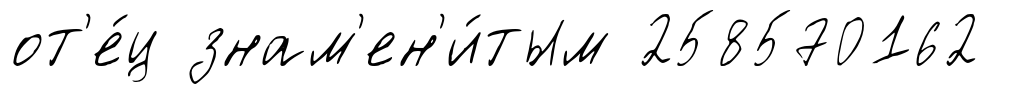
от'е́ц знам'ен'и́тым 258570162